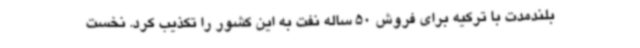
بلندمدت با ترکیه برای فروش 50 ساله نفت به این کشور را تکذیب کرد. نخست